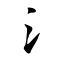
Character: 氵